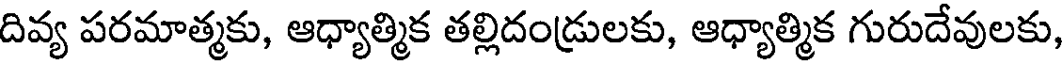
దివ్య పరమాత్మకు, ఆధ్యాత్మిక తల్లిదండ్రులకు, ఆధ్యాత్మిక గురుదేవులకు,